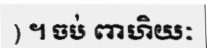
) ។ ចប់ ពាហិយៈ